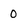
Character: 0